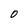
Character: 0